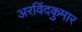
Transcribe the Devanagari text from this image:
अरविंदकुमार